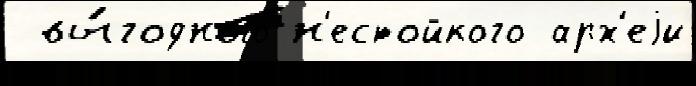
 вы́годного н'естойкого арх'еjи